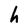
Character: h